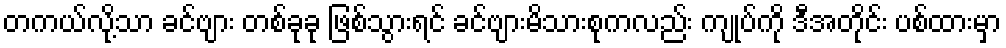
တကယ်လို့သာ ခင်ဗျား တစ်ခုခု ဖြစ်သွားရင် ခင်ဗျားမိသားစုကလည်း ကျုပ်ကို ဒီအတိုင်း ပစ်ထားမှာ